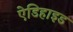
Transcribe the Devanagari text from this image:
ऐडिहाइड